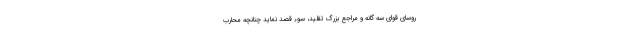
روسای قوای سه ‌گانه و مراجع بزرگ تقلید، سوء قصد نماید چنانچه محارب